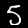
Label: 5